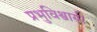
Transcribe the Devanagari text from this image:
प्रभुविश्वासी